65_HS1-834228961_62-HQ-83894_Section_9
Agency: FBI
Page 10
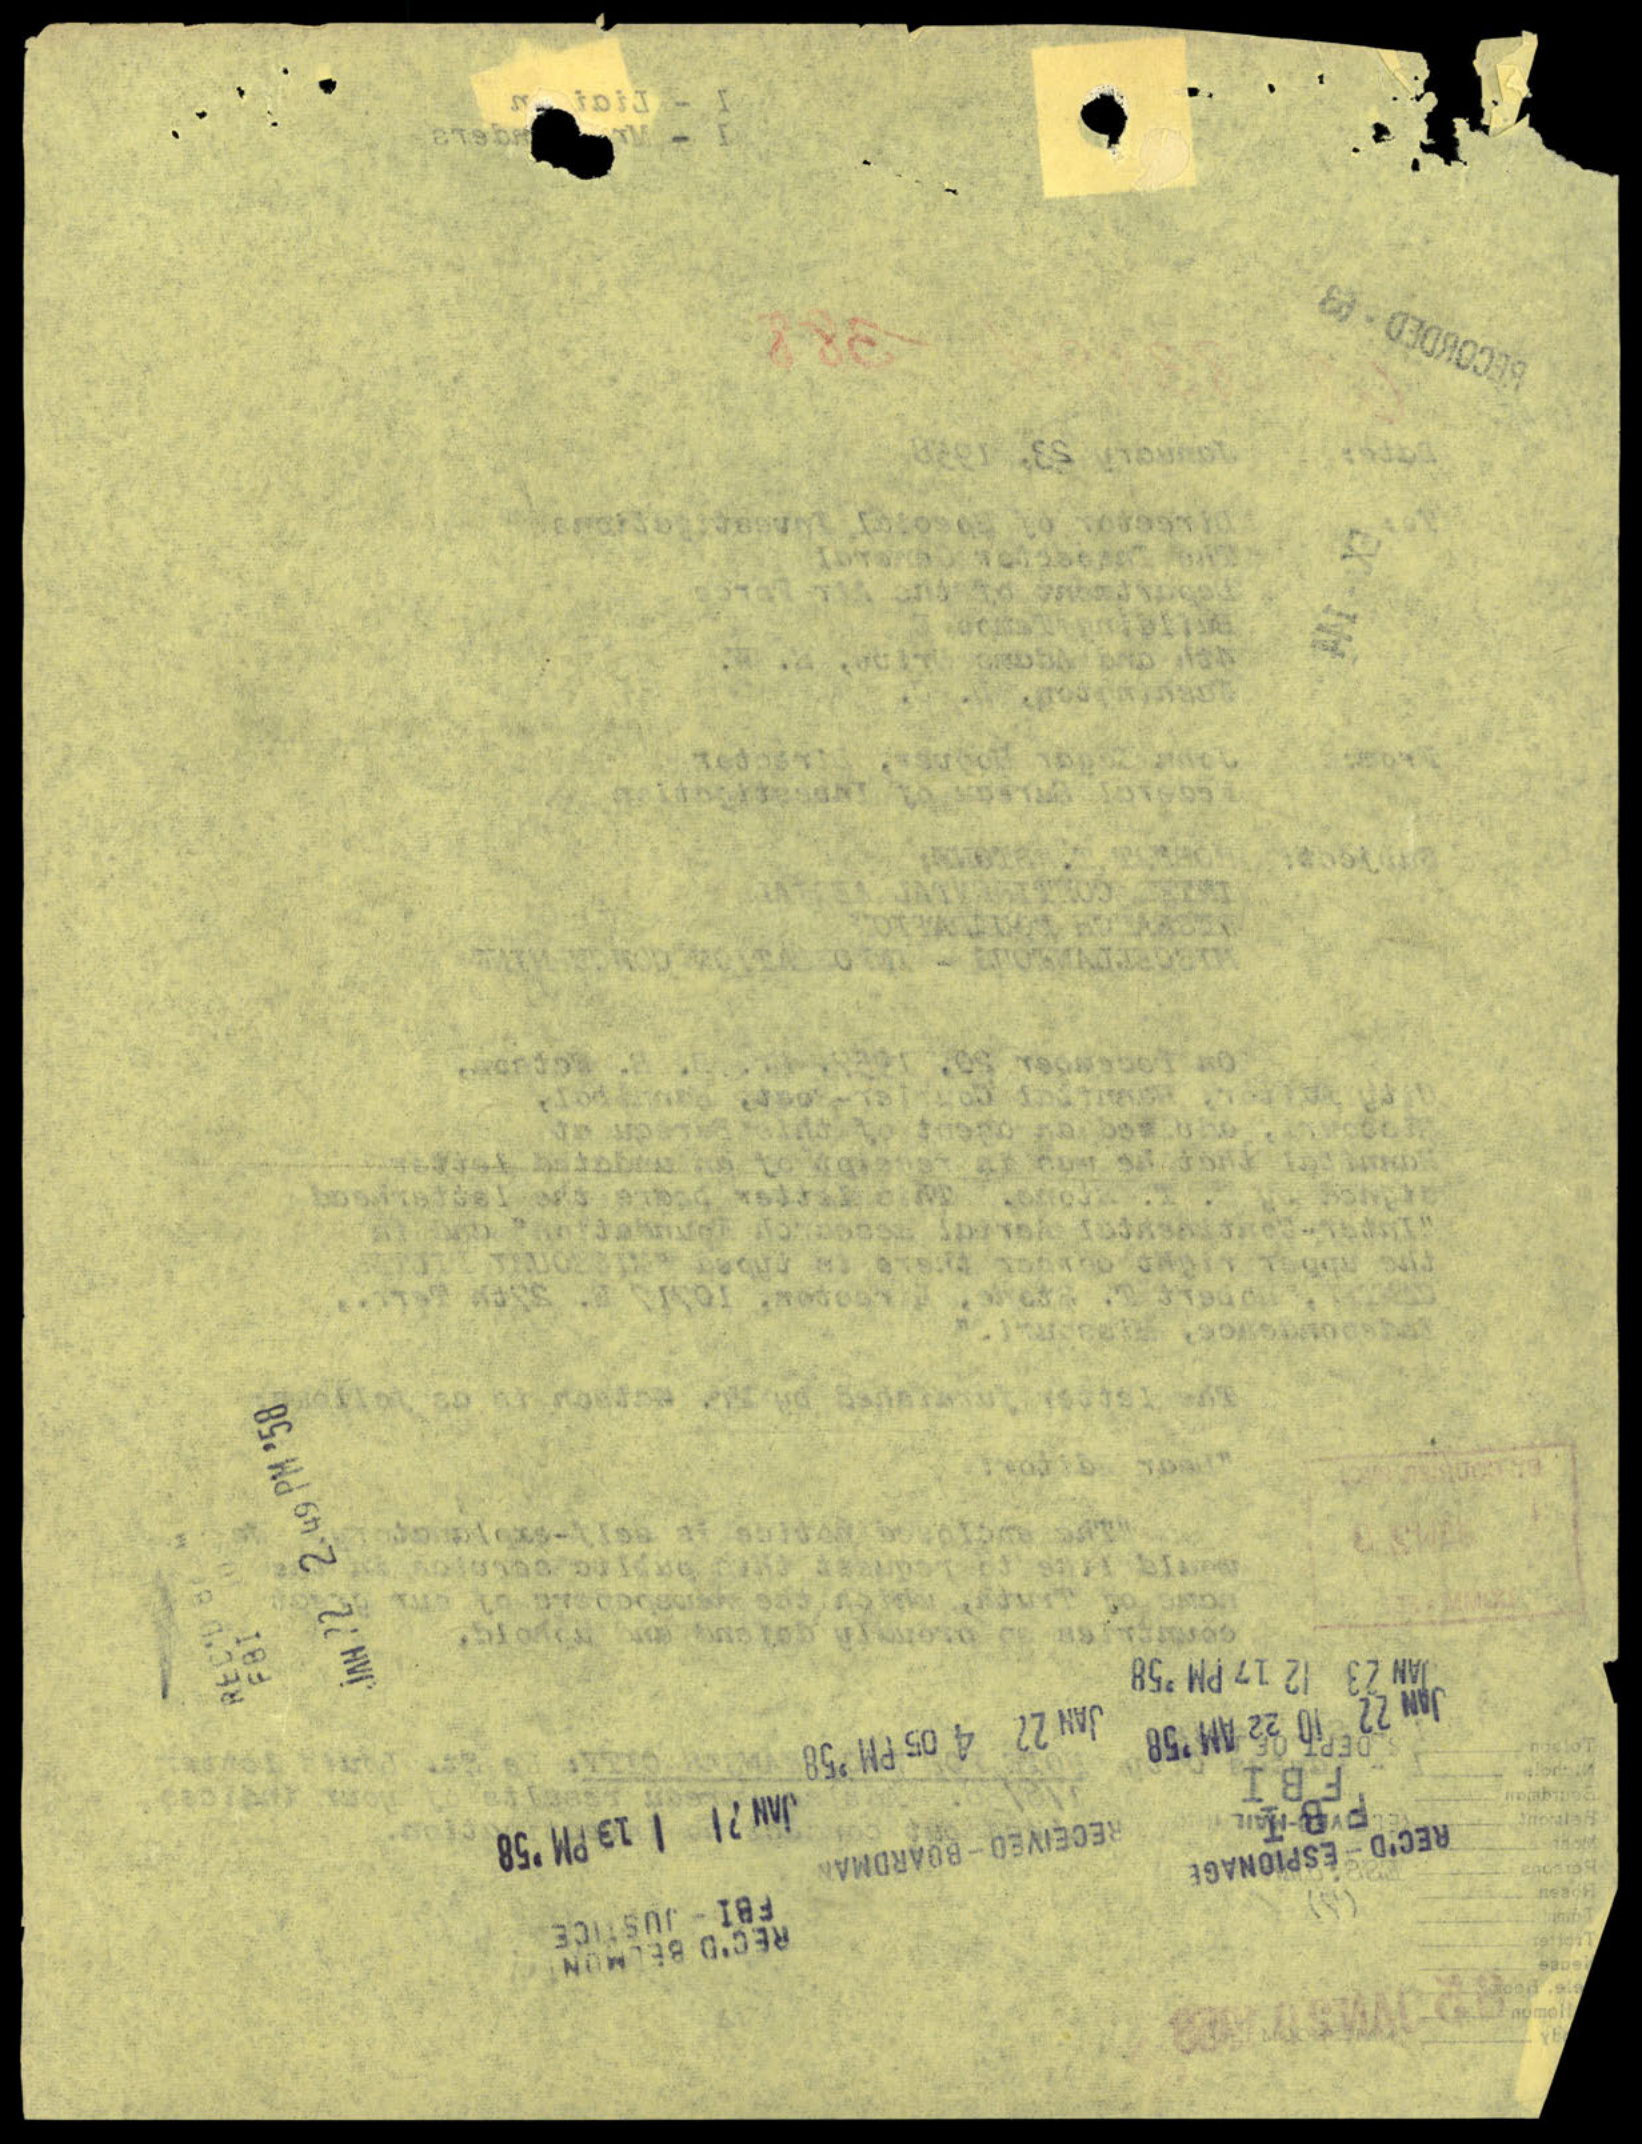